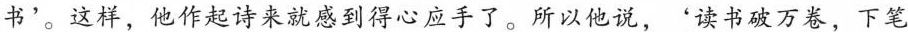
书'。这样，他作起诗来就感到得心应手了。所以他说，'读书破万卷，下笔